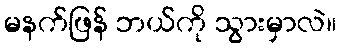
မနက်ဖြန် ဘယ်ကို သွားမှာလဲ။